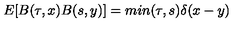
E [ B ( \tau , x ) B ( s , y ) ] = m i n ( \tau , s ) \delta ( x - y )